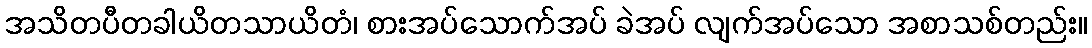
အသိတပီတခါယိတသာယိတံ၊ စားအပ်သောက်အပ် ခဲအပ် လျက်အပ်သော အစာသစ်တည်း။